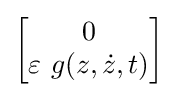
{\begin{bmatrix}0\\\varepsilon ~g(z,{\dot {z}},t)\end{bmatrix}}